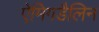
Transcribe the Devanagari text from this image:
ऐमिगडैलिन